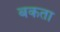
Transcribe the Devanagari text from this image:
बकता